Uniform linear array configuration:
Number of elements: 48
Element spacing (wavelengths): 0.25
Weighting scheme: kaiser
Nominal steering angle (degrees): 30
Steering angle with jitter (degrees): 29.685
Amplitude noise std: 0.05
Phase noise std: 0.05

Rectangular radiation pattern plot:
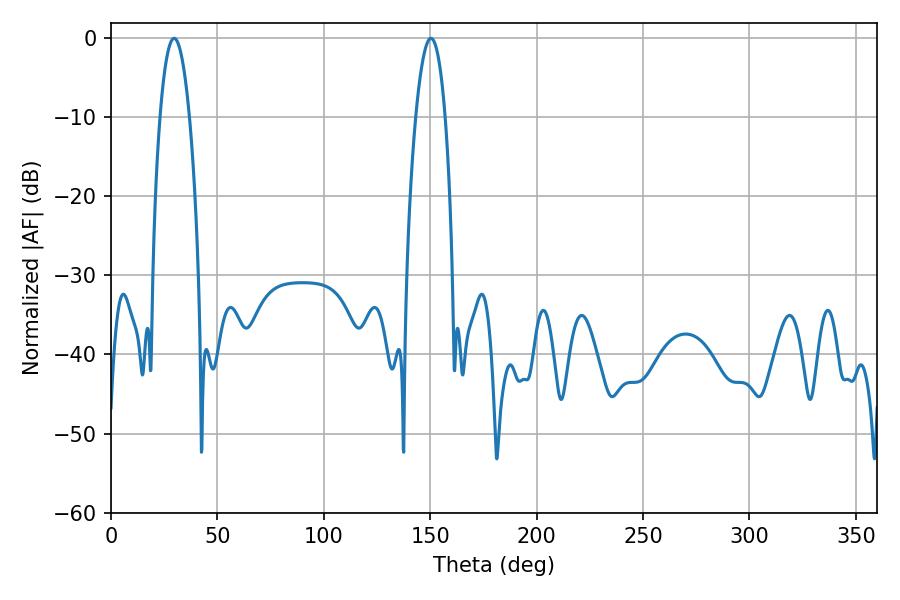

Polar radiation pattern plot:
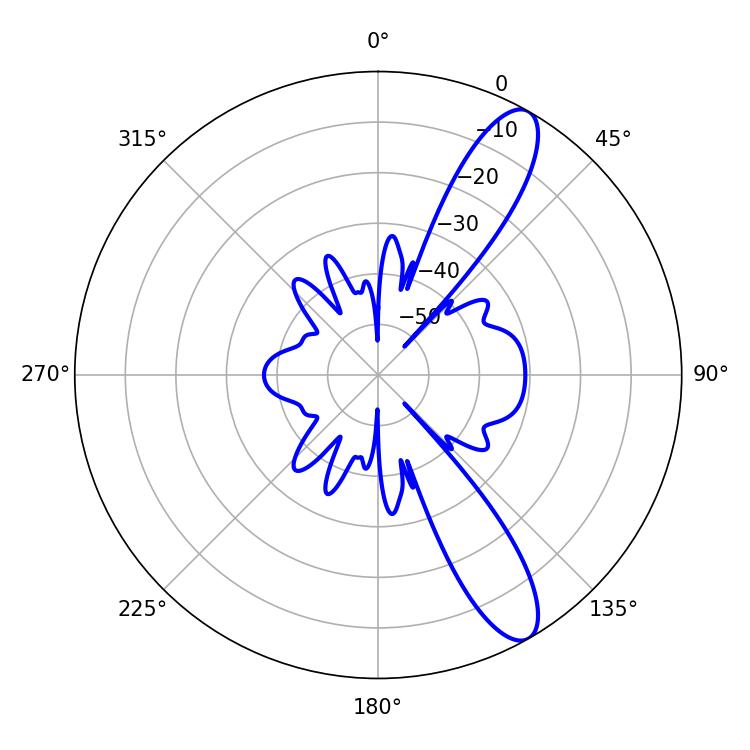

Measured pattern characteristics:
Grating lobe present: FALSE
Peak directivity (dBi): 11.461
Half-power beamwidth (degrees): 7.74
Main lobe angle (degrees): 29.7